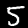
Digit: 5